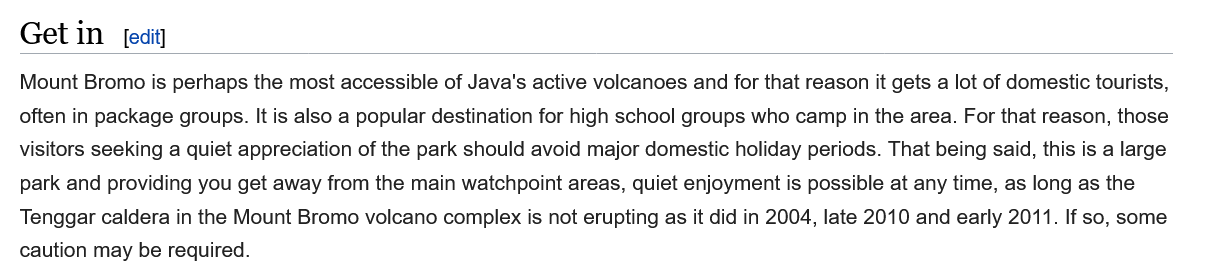
Get in    [edit]
  Mount Bromo is perhaps the most accessible of Java's active volcanoes and for that reason it gets a lot of domestic tourists,
  often in package groups. It is also a popular destination for high school groups who camp in the area. For that reason, those
  visitors seeking a quiet appreciation of the park should avoid major domestic holiday periods. That being said, this is a large
  park and providing you get away from the main watchpoint areas, quiet enjoyment is possible at any time, as long as the
  Tenggar caldera in the Mount Bromo volcano complex is not erupting as it did in 2004, late 2010 and early 2011. If so, some
  caution may be required.